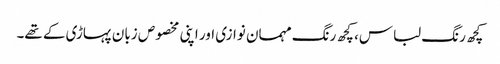
کچھ رنگ لباس، کچھ رنگ مہمان نوازی اور اپنی مخصوص زبان پہاڑی کے تھے۔